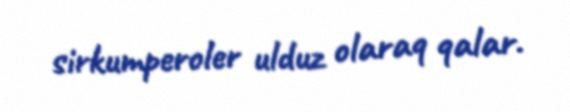
sirkumperoler ulduz olaraq qalar.